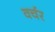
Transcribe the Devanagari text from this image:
वर्चर